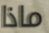
ماذا